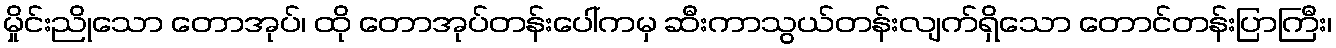
မှိုင်းညိုသော တောအုပ်၊ ထို တောအုပ်တန်းပေါ်ကမှ ဆီးကာသွယ်တန်းလျက်ရှိသော တောင်တန်းပြာကြီး၊